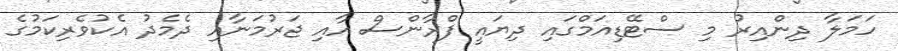
ހަމަލާ ދިންއިރު މި ސްޓޭޑިއަމްގައި ދިޔައީ ފްރާންސް އާއި ޖަރުމަނާއި ދެމެދު އެކުވެރިކަމުގެ